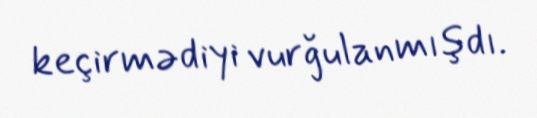
keçirmədiyi vurğulanmışdı.